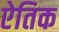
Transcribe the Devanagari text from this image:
ऐतिक